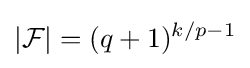
|{\mathcal {F}}|=(q+1)^{k/p-1}